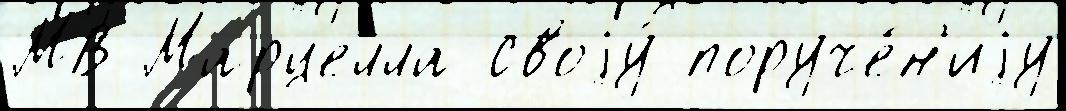
МВ Марцелла своjу́ поруче́н'иjу